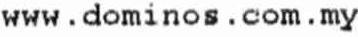
WWW.DOMINOS . COM . MY